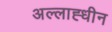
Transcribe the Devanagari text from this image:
अल्लाह्धीन